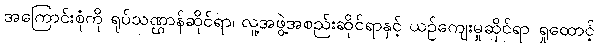
အကြောင်းစုံကို ရုပ်သဏ္ဌာန်ဆိုင်ရာ၊ လူ့အဖွဲ့အစည်းဆိုင်ရာနှင့် ယဉ်ကျေးမှုဆိုင်ရာ ရှုထောင့်